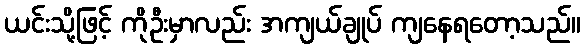
ယင်းသို့ဖြင့် ကိုဦးမှာလည်း အကျယ်ချုပ် ကျနေရတော့သည်။